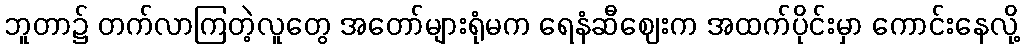
ဘူတာ၌ တက်လာကြတဲ့လူတွေ အတော်များရုံမက ရေနံဆီဈေးက အထက်ပိုင်းမှာ ကောင်းနေလို့